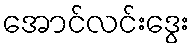
အောင်လင်းဒွေး